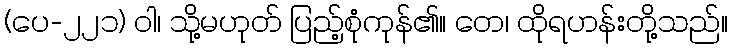
(ပေ-၂၂၁) ဝါ၊ သို့မဟုတ် ပြည့်စုံကုန်၏။ တေ၊ ထိုရဟန်းတို့သည်။